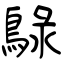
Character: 鵦